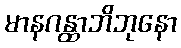
မာနဂန္ထာဘိဘုနော